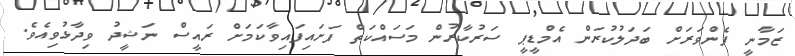
ޒަމާނީ ފެންވަރަށް ބަދަލުކުރަން އެމްޑީޕީ ސަރުކާރުން މަސައްކަތް ފަށައިފައިވާކަމަށް ރައީސް ނަޝީދު ވިދާޅުވިއެވެ.